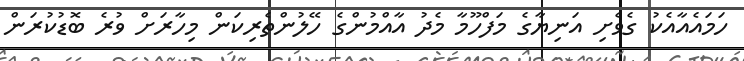
ހަމައެއާއެކު ގެވެށި އަނިޔާގެ މަފްހޫމާ މެދު އާއްމުންގެ ހޭލުންތެރިކަން މިހާރަށް ވުރެ ބޮޑުކުރަން